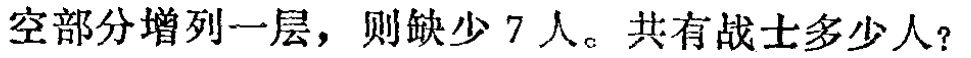
空部分增列一层，则缺少 7 人。共有战士多少人？